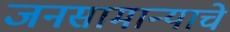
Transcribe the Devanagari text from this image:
जनसामान्याचे